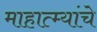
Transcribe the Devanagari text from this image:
माहात्म्यांचे